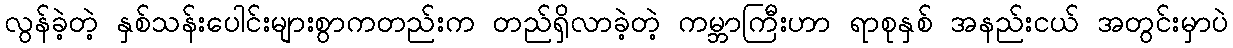
လွန်ခဲ့တဲ့ နှစ်သန်းပေါင်းများစွာကတည်းက တည်ရှိလာခဲ့တဲ့ ကမ္ဘာကြီးဟာ ရာစုနှစ် အနည်းငယ် အတွင်းမှာပဲ